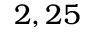
2 , 2 5